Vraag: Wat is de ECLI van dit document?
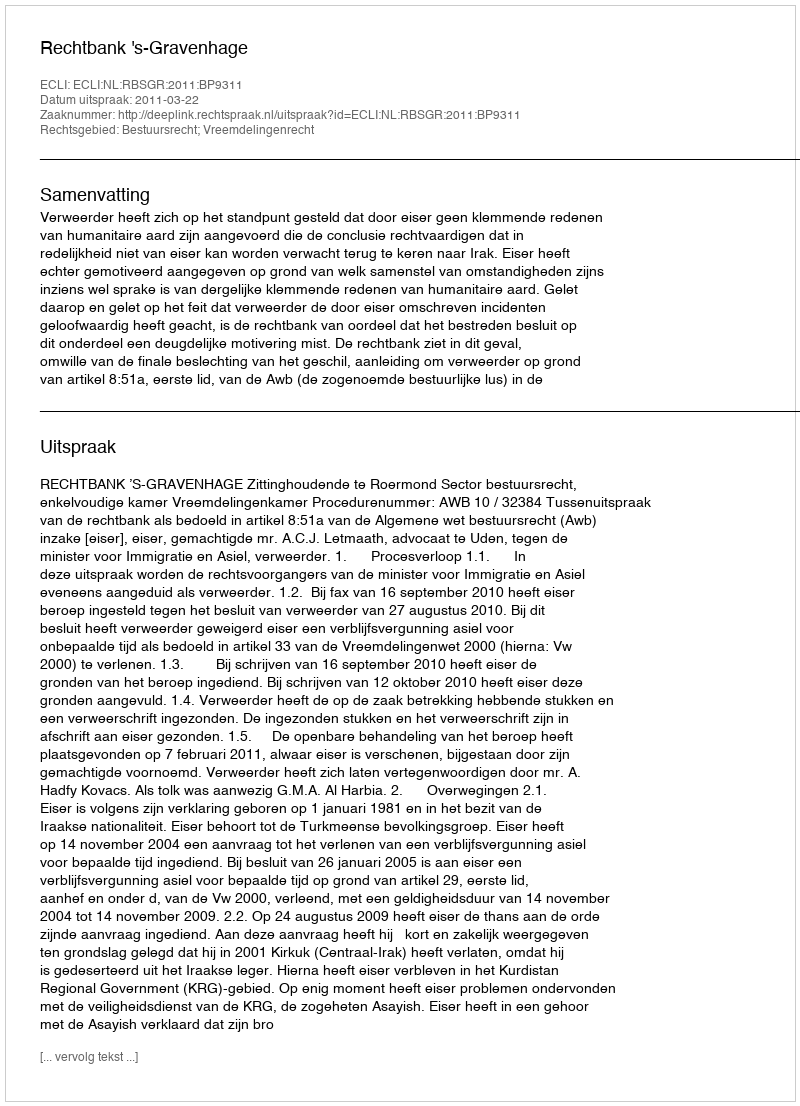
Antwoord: ECLI:NL:RBSGR:2011:BP9311